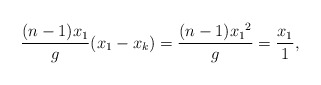
\begin{align*} \frac{(n-1)x_1}{g} (x_1-x_k)=\frac{(n-1){x_1}^2}{g}=\frac{x_1}{1},\end{align*}